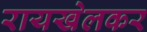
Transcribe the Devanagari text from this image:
रायखेलकर